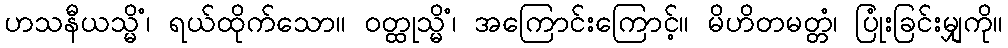
ဟသနီယသ္မိံ၊ ရယ်ထိုက်သော။ ဝတ္ထုသ္မိံ၊ အကြောင်းကြောင့်။ မိဟိတမတ္တံ၊ ပြုံးခြင်းမျှကို။